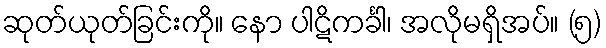
ဆုတ်ယုတ်ခြင်းကို။ နော ပါဋိကင်္ခါ၊ အလိုမရှိအပ်။ (၅)